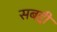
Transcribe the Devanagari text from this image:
सबद्दी